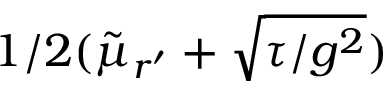
1 / 2 ( \tilde { \mu } _ { r ^ { \prime } } + \sqrt { { \tau / g ^ { 2 } } } )